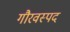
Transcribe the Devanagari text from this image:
गौरवस्पद